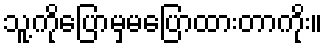
သူ့ကိုပြောမှမပြောထားတာကိုး။